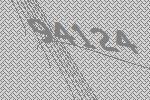
94124